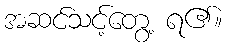
အဆင်သင့်တွေ့ ရ၏။